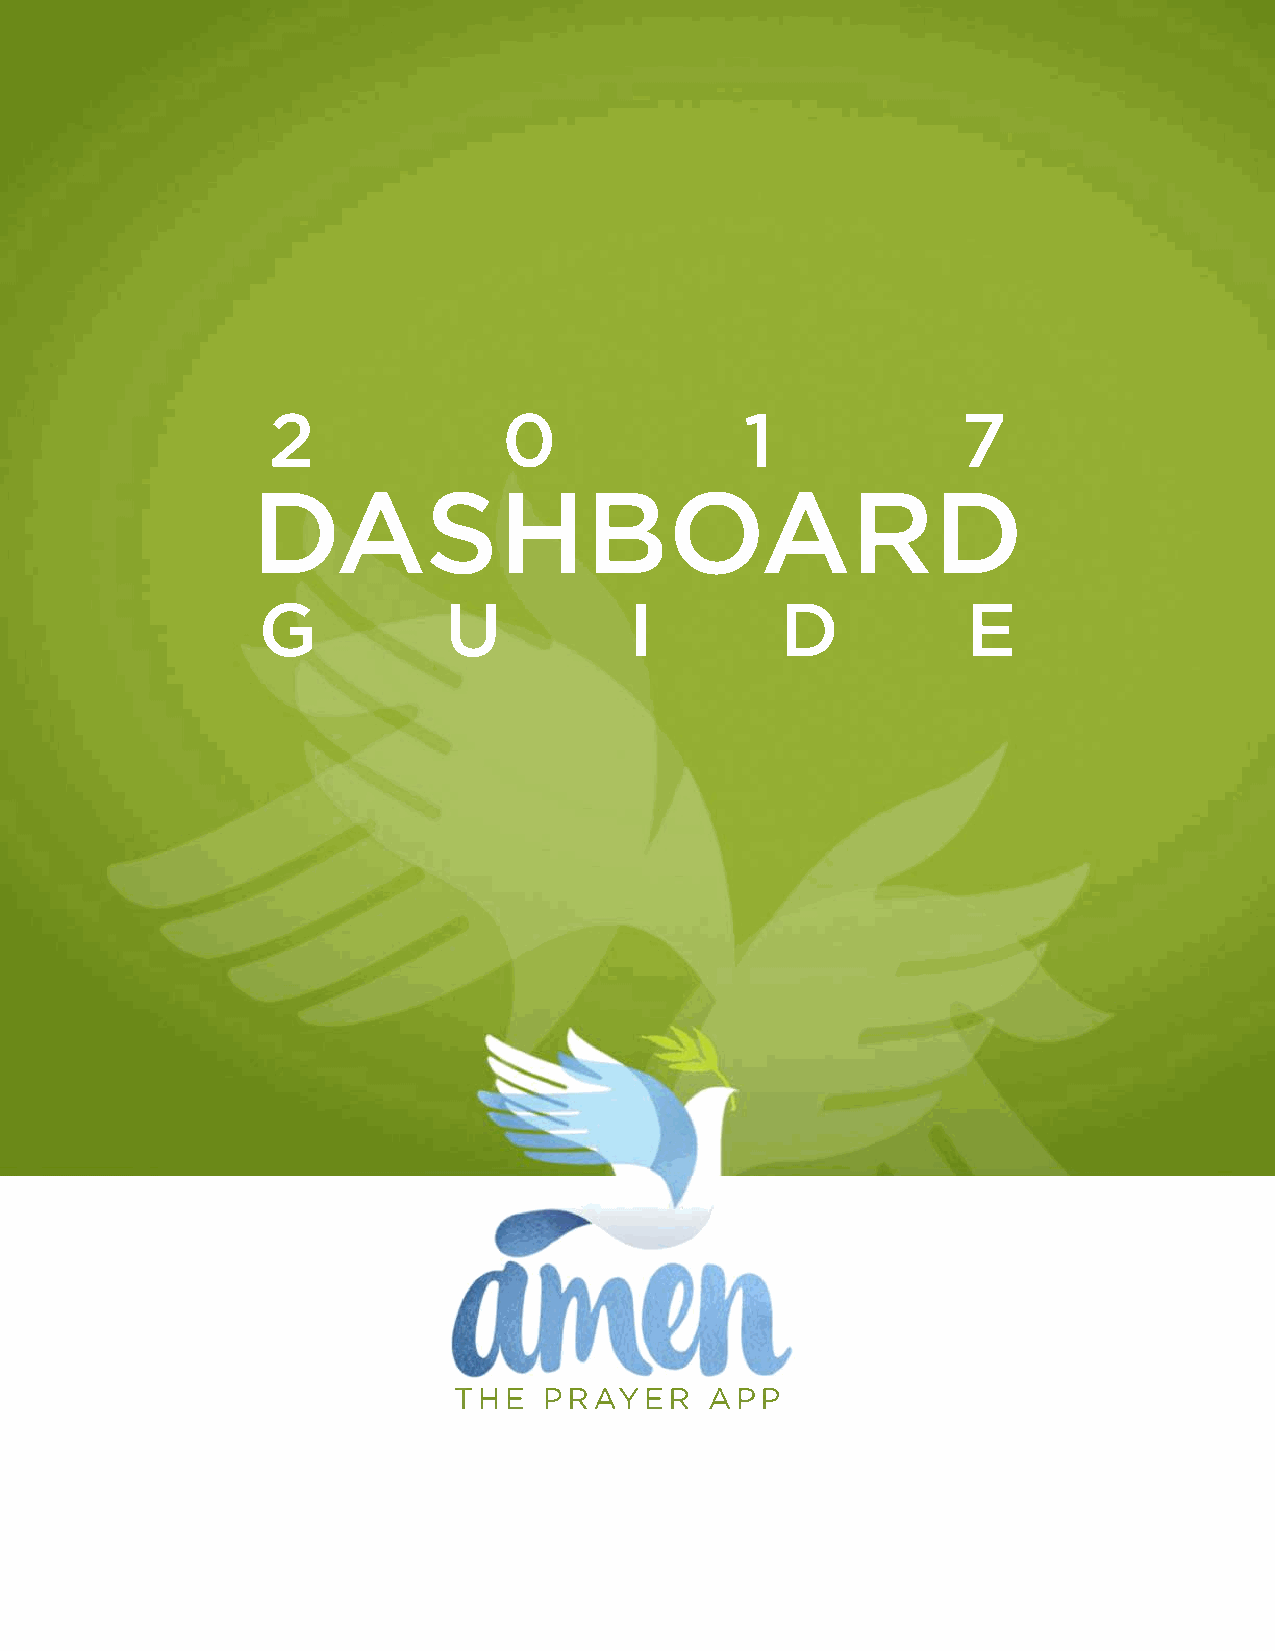
2              0               1              7
 DASHBOARD
 G           U            I         D           E
 TTTHHHEEE PPPRRRAAAYYYEEERRR AAAPPPPPP